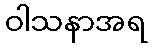
ဝါသနာအရ